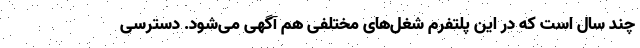
چند سال است که در این پلتفرم شغل‌های مختلفی هم آگهی می‌شود. دسترسی